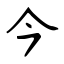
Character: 今